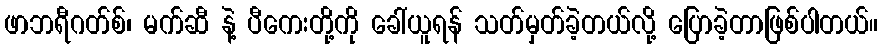
ဖာဘရီဂတ်စ်၊ မက်ဆီ နဲ့ ပီကေးတို့ကို ခေါ်ယူရန် သတ်မှတ်ခဲ့တယ်လို့ ပြောခဲ့တာဖြစ်ပါတယ်။